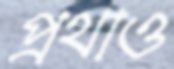
প্রথাও